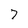
Character: 7